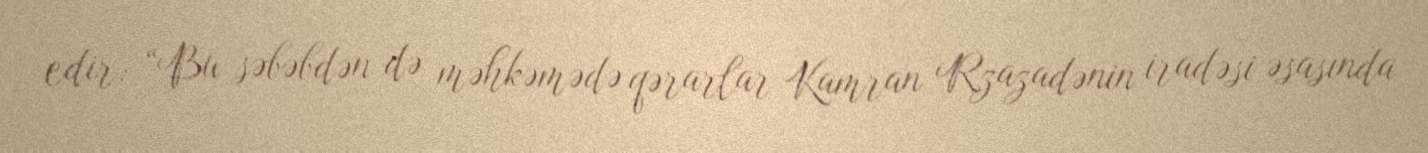
edir: “Bu səbəbdən də məhkəmədə qərarlar Kamran Rzazadənin iradəsi əsasında